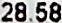
28.58